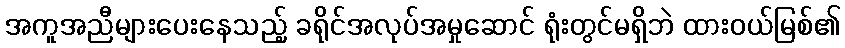
အကူအညီများပေးနေသည့် ခရိုင်အလုပ်အမှုဆောင် ရုံးတွင်မရှိဘဲ ထားဝယ်မြစ်၏